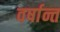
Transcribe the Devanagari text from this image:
वर्षान्त